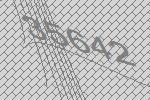
35642